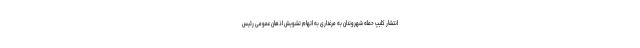
انتشار کلیپ حمله شهروندان به مرغداری به اتهام تشویش اذهان عمومی رئیس